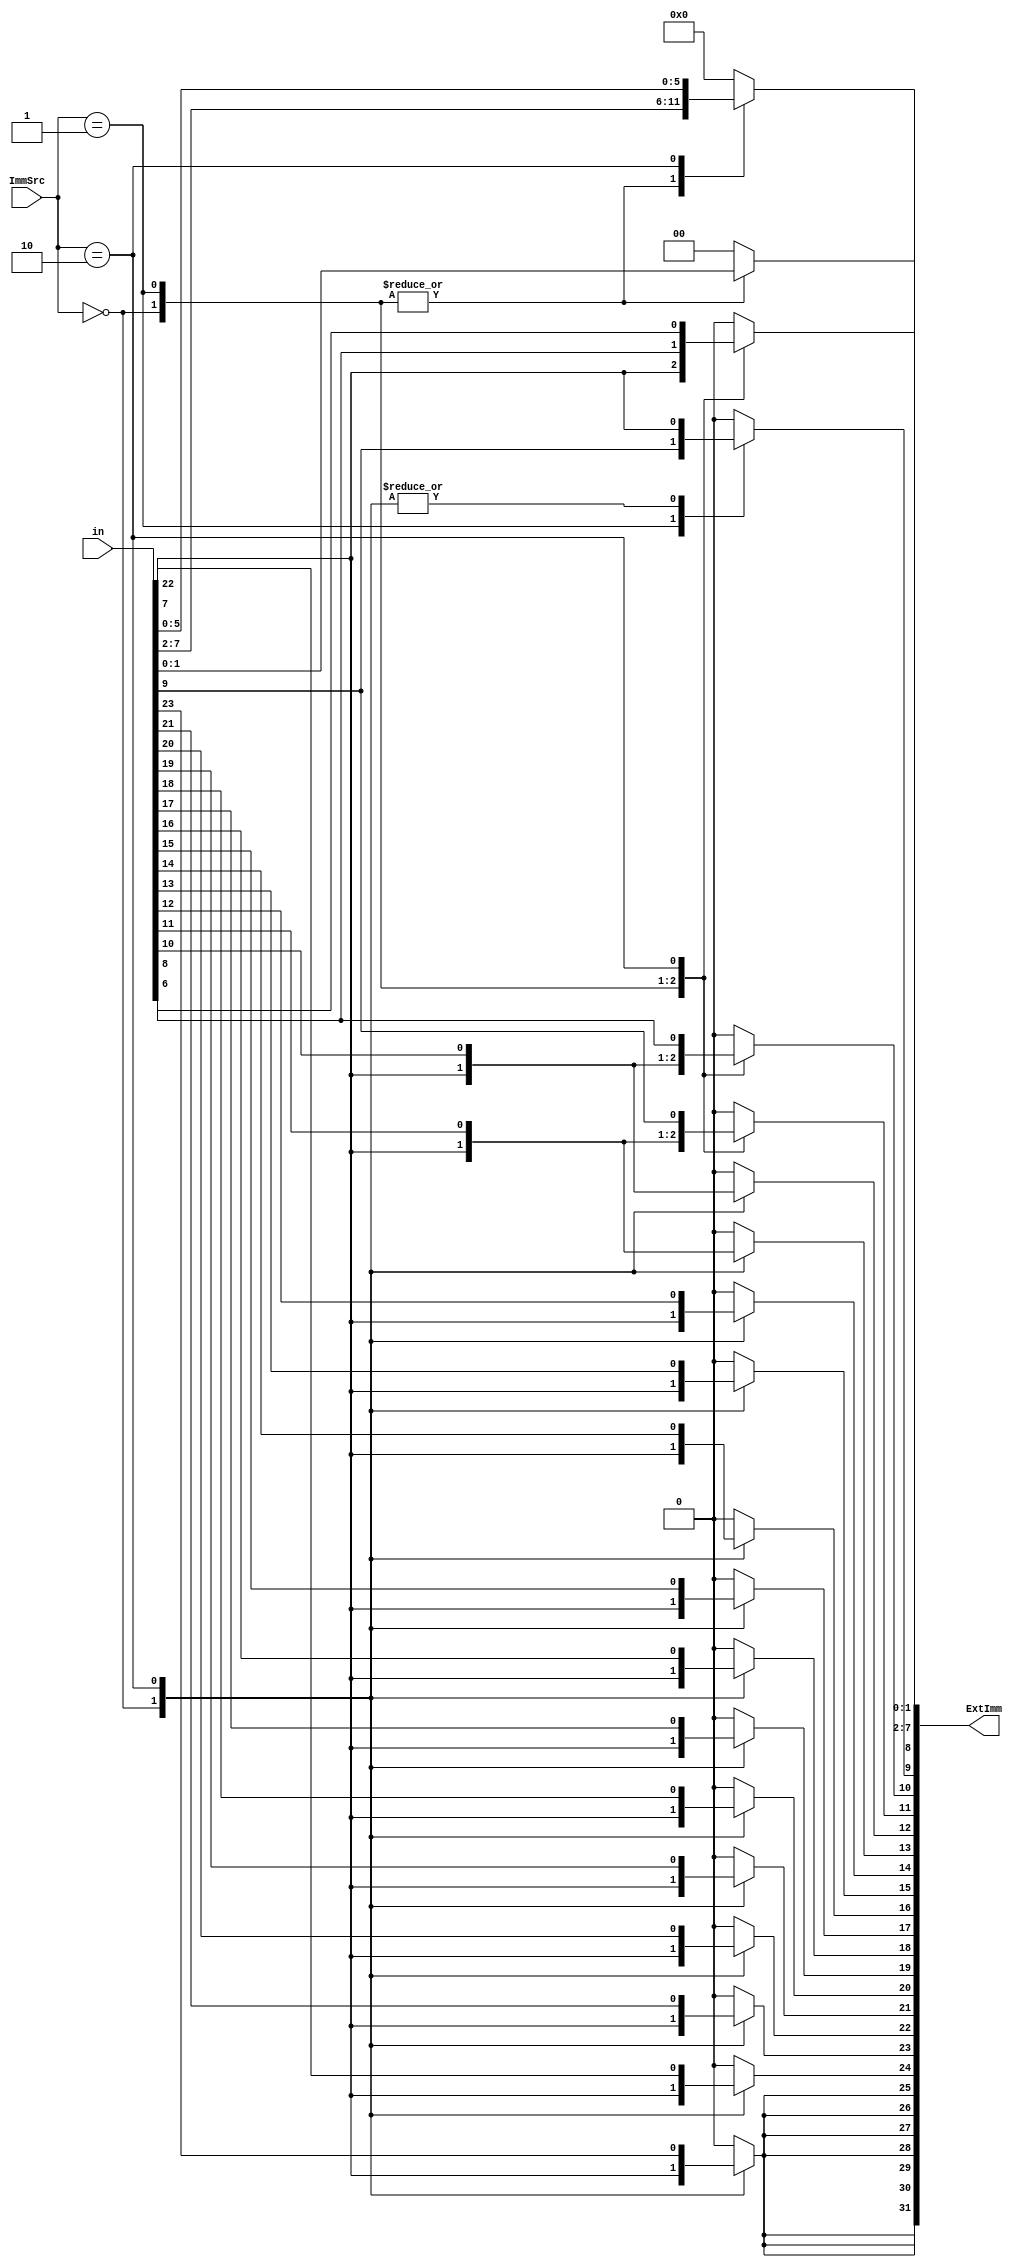
module Extend( /*TODO: Declare variables of inputs and output for multiplexer*/
	input[23:0] in,
	input[1:0] ImmSrc,
	output reg[31:0] ExtImm
	);
	integer i;
	always @ (*)
	begin
		case(ImmSrc /*TODO: Write on Variable name to distinguish various cases*/)
		/*TODO: Case 1*/ 2'b00:
		begin
			ExtImm[7:0] = in[7:0];
			for(i=8; i<32; i=i+1)
				ExtImm[i] = in[7];
			//TODO: Write actions to run when (Variable) == (Case 1).
		end
		
		/*TODO: Case 2*/ 2'b01:
		begin
			ExtImm[11:0] = in[11:0];
			for(i=12; i<32; i=i+1)
				ExtImm[i] = 'b0;
			//TODO: Write actions to run when (Variable) == (Case 2).
		end
		
		/*TODO: Case 3*/ 2'b10:
		begin
			ExtImm[1:0] = 2'b00;
			ExtImm[25:2] = in[23:0];
			for(i=26; i<32; i=i+1)
				ExtImm[i] = in[23];
			//TODO: Write actions to run when (Variable) == (Case 3).
		end
		
		default:
			//TODO: Assign the default value to output variable
			ExtImm = 'h00000000;
		endcase
	end
 
endmodule